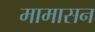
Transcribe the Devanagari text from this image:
मामासन